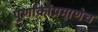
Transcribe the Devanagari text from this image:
पूर्णांकांप्रमाणेच